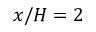
x / H = 2